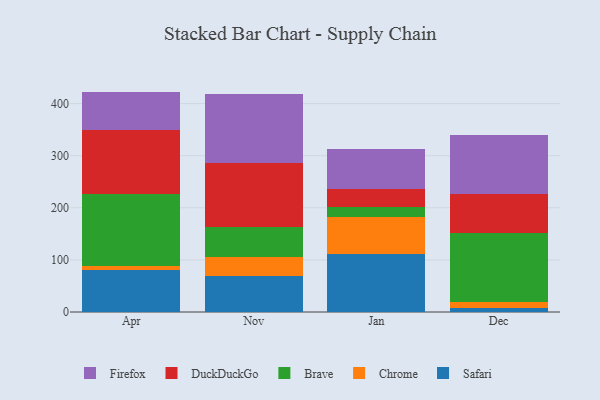
{"axis": {"x": "Month", "y": "Backlog"}, "legend": ["Brave", "Chrome", "DuckDuckGo", "Firefox", "Safari"], "data": [{"x": "Apr", "y": 80.7, "type": "Safari"}, {"x": "Apr", "y": 7.6, "type": "Chrome"}, {"x": "Apr", "y": 138.2, "type": "Brave"}, {"x": "Apr", "y": 122.6, "type": "DuckDuckGo"}, {"x": "Apr", "y": 73.9, "type": "Firefox"}, {"x": "Nov", "y": 68.5, "type": "Safari"}, {"x": "Nov", "y": 37.9, "type": "Chrome"}, {"x": "Nov", "y": 55.8, "type": "Brave"}, {"x": "Nov", "y": 123.4, "type": "DuckDuckGo"}, {"x": "Nov", "y": 132.0, "type": "Firefox"}, {"x": "Jan", "y": 110.9, "type": "Safari"}, {"x": "Jan", "y": 70.9, "type": "Chrome"}, {"x": "Jan", "y": 20.5, "type": "Brave"}, {"x": "Jan", "y": 34.7, "type": "DuckDuckGo"}, {"x": "Jan", "y": 76.1, "type": "Firefox"}, {"x": "Dec", "y": 8.2, "type": "Safari"}, {"x": "Dec", "y": 11.0, "type": "Chrome"}, {"x": "Dec", "y": 133.3, "type": "Brave"}, {"x": "Dec", "y": 73.6, "type": "DuckDuckGo"}, {"x": "Dec", "y": 113.5, "type": "Firefox"}]}